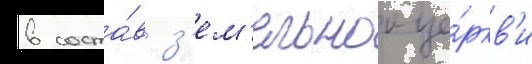
в соста́в з'ем'ельнои це́ркв'и